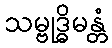
သမ္ဗုဒ္ဓိမန္တံ